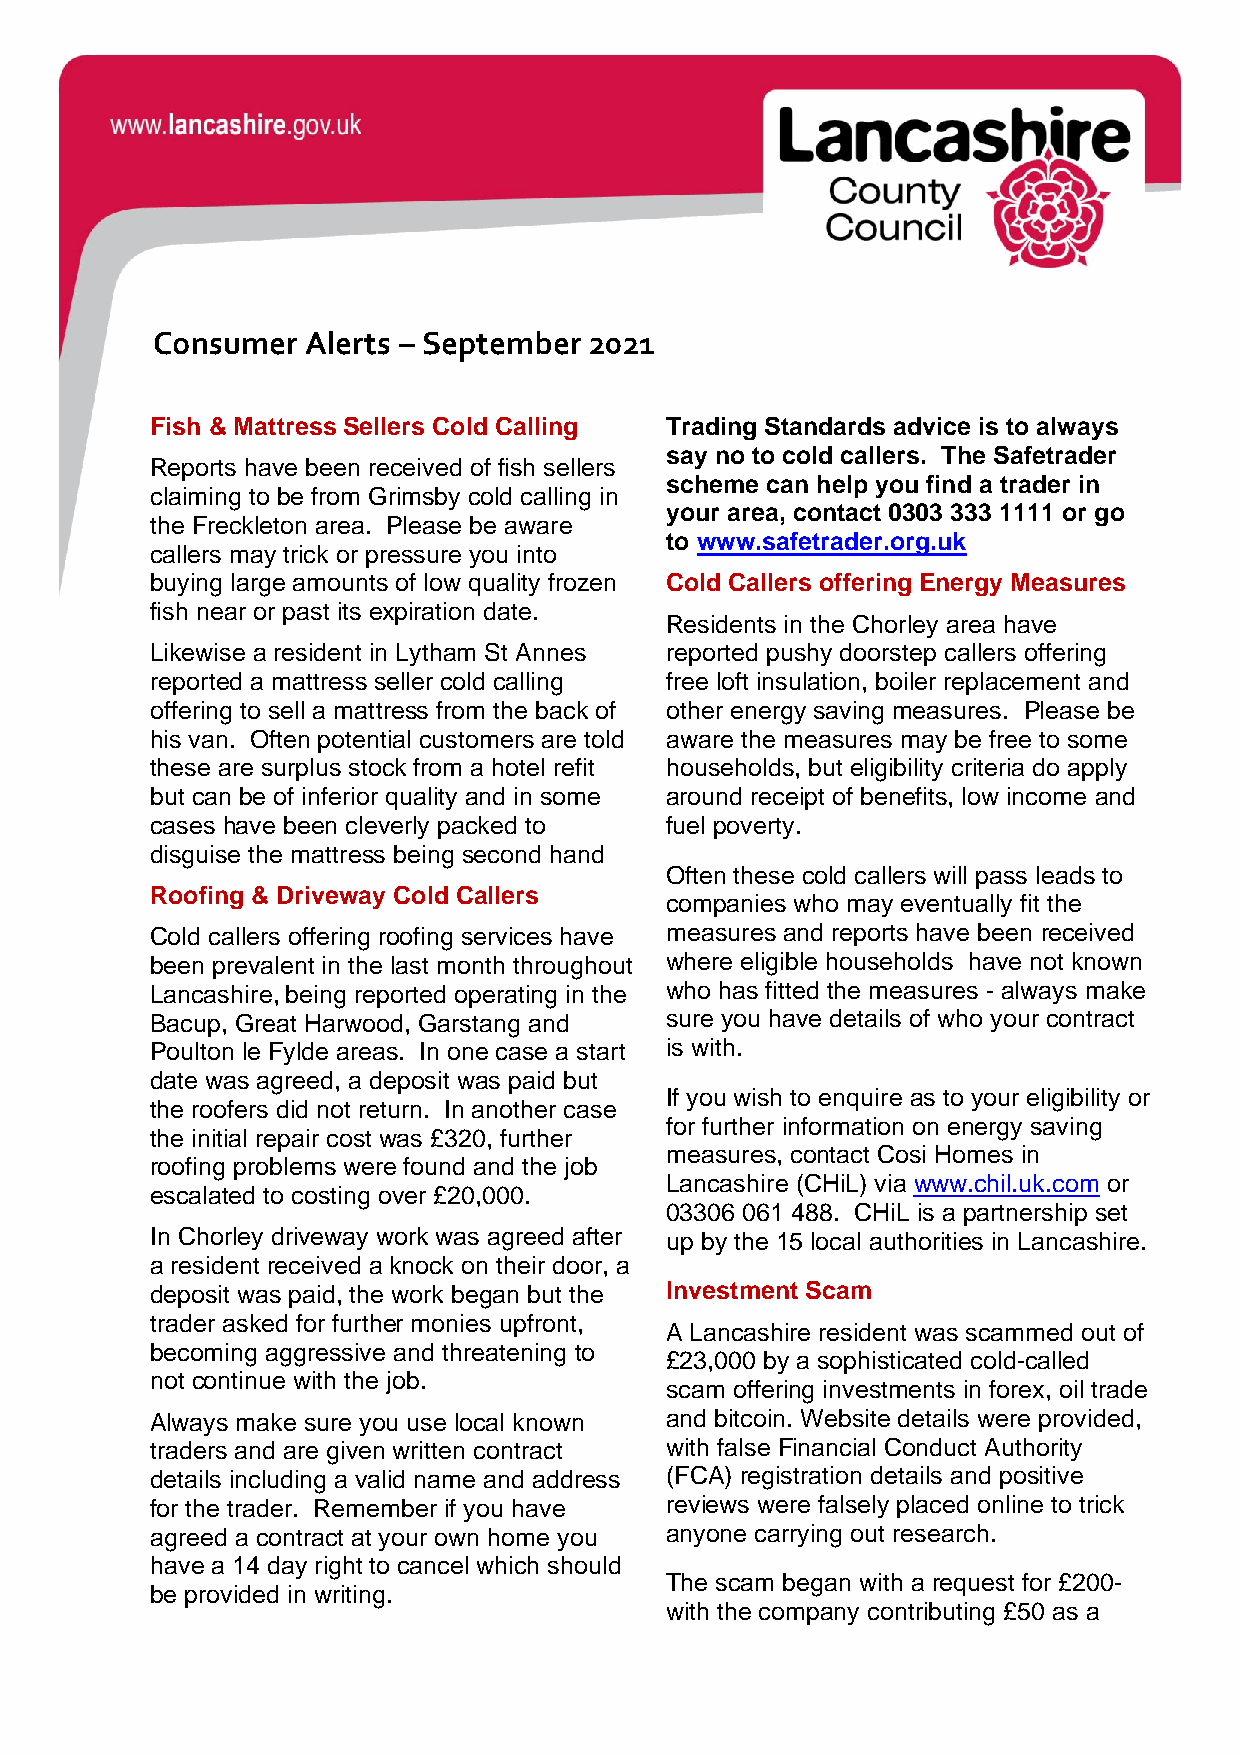
Consumer  Alerts – September 2021
 mer  Alerts
 Fish & Mattress Sellers Cold Calling Trading Standards advice is to always
 say no to cold callers. The Safetrader
 Reports have been received of fish sellers
 scheme can help you find a trader in
 claiming to be from Grimsby cold calling in
 your area, contact 0303 333 1111 or go
 the Freckleton area. Please be aware
 to www.safetrader.org.uk
 callers may trick or pressure you into
 buying large amounts of low quality frozen Cold Callers offering Energy Measures
 fish near or past its expiration date.
 Residents in the Chorley area have
 Likewise a resident in Lytham St Annes reported pushy doorstep callers offering
 reported a mattress seller cold calling free loft insulation, boiler replacement and
 offering to sell a mattress from the back of other energy saving measures. Please be
 his van. Often potential customers are told aware the measures may be free to some
 these are surplus stock from a hotel refit households, but eligibility criteria do apply
 but can be of inferior quality and in some around receipt of benefits, low income and
 cases have been cleverly packed to fuel poverty.
 disguise the mattress being second hand
 Often these cold callers will pass leads to
 Roofing & Driveway Cold Callers
 companies who may eventually fit the
 Cold callers offering roofing services have measures and reports have been received
 been prevalent in the last month throughout where eligible households have not known
 Lancashire, being reported operating in the who has fitted the measures - always make
 Bacup, Great Harwood, Garstang and sure you have details of who your contract
 Poulton le Fylde areas. In one case a start is with.
 date was agreed, a deposit was paid but
 If you wish to enquire as to your eligibility or
 the roofers did not return. In another case
 for further information on energy saving
 the initial repair cost was £320, further
 measures, contact Cosi Homes in
 roofing problems were found and the job
 Lancashire (CHiL) via www.chil.uk.com or
 escalated to costing over £20,000.
 03306 061 488. CHiL is a partnership set
 In Chorley driveway work was agreed after up by the 15 local authorities in Lancashire.
 a resident received a knock on their door, a
 deposit was paid, the work began but the Investment Scam
 trader asked for further monies upfront,
 A Lancashire resident was scammed out of
 becoming aggressive and threatening to
 £23,000 by a sophisticated cold-called
 not continue with the job.
 scam offering investments in forex, oil trade
 Always make sure you use local known and bitcoin. Website details were provided,
 traders and are given written contract with false Financial Conduct Authority
 details including a valid name and address (FCA) registration details and positive
 for the trader. Remember if you have reviews were falsely placed online to trick
 agreed a contract at your own home you anyone carrying out research.
 have a 14 day right to cancel which should
 The scam began with a request for £200-
 be provided in writing.
 with the company contributing £50 as a